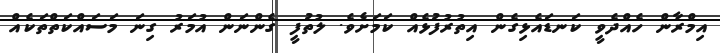
އިމްރާން ހެއްދެވީ ކަނޑައެޅިގެން އިތުރުފުޅެއް ކަމަށެވެ. ލުތުފީ ގެންނަން އުމަރު ގިނަ މަސައްކަތްތަކެއް